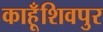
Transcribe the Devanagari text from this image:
काहूँशिवपुर